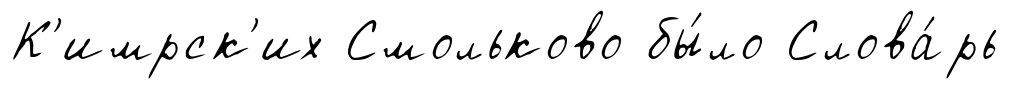
К'имрск'их Смольково бы́ло Слова́рь